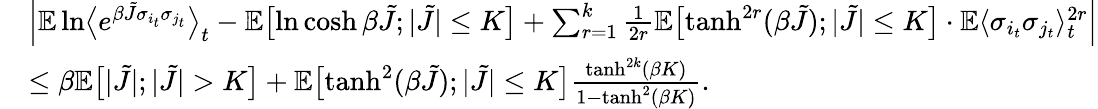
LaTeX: \begin{array}{rl}&{\Bigl|\mathbb E\ln\bigl\langle e^{\beta\tilde{J}\sigma_{i_{t}}\sigma_{j_{t}}}\bigr\rangle_{t}-\mathbb E\bigl[\ln\cosh\beta\tilde{J};|\tilde{J}|\leq K\bigr]+\sum_{r=1}^{k}\frac{1}{2r}\mathbb E\bigl[\operatorname{tanh}^{2r}(\beta\tilde{J});|\tilde{J}|\leq K\bigr]\cdot\mathbb E\langle\sigma_{i_{t}}\sigma_{j_{t}}\rangle_{t}^{2r}\Bigr|}\\ &{\leq\beta\mathbb E\bigl[|\tilde{J}|;|\tilde{J}|>K\bigr]+\mathbb E\bigl[\operatorname{tanh}^{2}(\beta\tilde{J});|\tilde{J}|\leq K\bigr]\frac{\operatorname{tanh}^{2k}(\beta K)}{1-\operatorname{tanh}^{2}(\beta K)}.}\end{array}